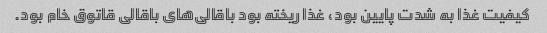
کیفیت غذا به شدت پایین بود، غذا ریخته بود باقالی‌های باقالی قاتوق خام بود.